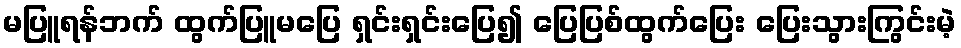
မပြူရန်ဘက် ထွက်ပြူမပြေ ရှင်းရှင်းပြေ၍ ပြေပြစ်ထွက်ပြေး ပြေးသွားကြွင်းမဲ့